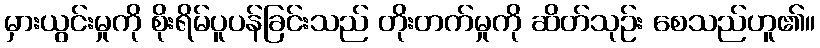
မှားယွင်းမှုကို စိုးရိမ်ပူပန်ခြင်းသည် တိုးတက်မှုကို ဆိတ်သုဉ်း စေသည်ဟူ၏။